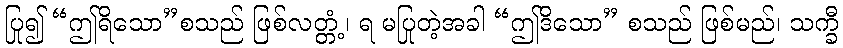
ပြု၍ “ဤရိသော”စသည် ဖြစ်လတ္တံ့၊ ရ မပြုတဲ့အခါ “ဤဒိသော” စသည် ဖြစ်မည်၊ သက္ခီ